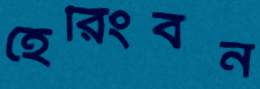
হেরিংবন